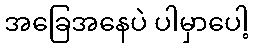
အခြေအနေပဲ ပါမှာပေါ့